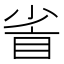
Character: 𥅷